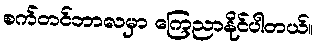
စက်တင်ဘာလမှာ ကြေညာနိုင်ပါတယ်။